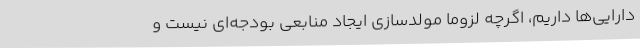
دارایی‌ها داریم، اگرچه لزوما مولدسازی ایجاد منابعی بودجه‌ای نیست و